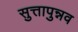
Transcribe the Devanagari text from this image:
सुत्तापुन्नव